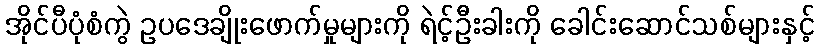
အိုင်ပီပုံစံကွဲ ဥပဒေချိုးဖောက်မှုများကို ရဲင့်ဦးခါးကို ခေါင်းဆောင်သစ်များနှင့်